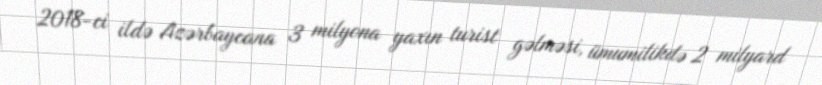
2018-ci ildə Azərbaycana 3 milyona yaxın turist gəlməsi, ümumilikdə 2 milyard